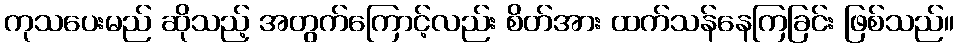
ကုသပေးမည် ဆိုသည့် အတွက်ကြောင့်လည်း စိတ်အား ထက်သန်နေကြခြင်း ဖြစ်သည်။